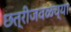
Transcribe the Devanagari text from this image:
छत्रीजवळच्या